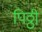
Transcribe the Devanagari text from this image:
पिठ्ठी